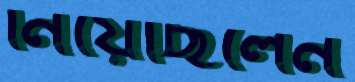
নিয়েছিলেন